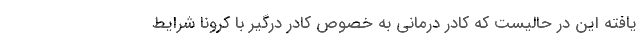
یافته این در حالیست که کادر درمانی به خصوص کادر درگیر با کرونا شرایط